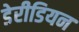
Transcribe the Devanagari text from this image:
डेरीडियन